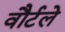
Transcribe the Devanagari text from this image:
वौर्टले